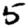
Digit: 5